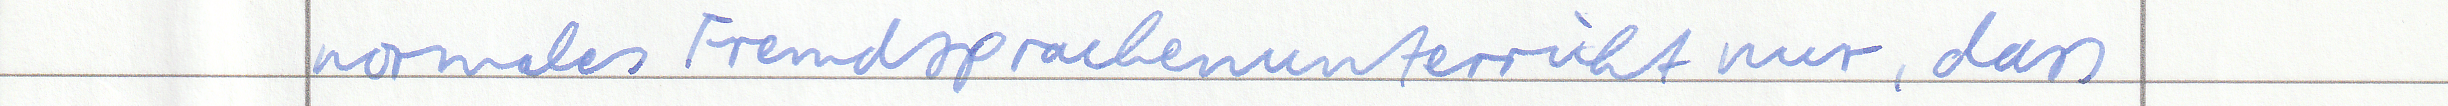
normales Fremdsprachenunterricht nur, dass